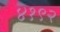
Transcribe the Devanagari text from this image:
४१९२